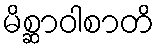
မိစ္ဆာဝါစာတိ